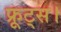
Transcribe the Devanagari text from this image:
फ्रूट्स।